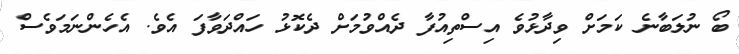
ބޯ ނުލަބާނެ ކަމަށް ވިދާޅުވެ އިސްތިއުފާ ދެއްވުމަށް ދެކޮޅު ހައްދަވާފަ އެވެ. އެހެންނަމަވެސް